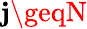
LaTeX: \mathbf{j}\geqN